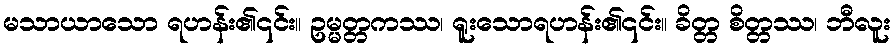
မသာယာသော ရဟန်း၏၎င်း။ ဥမ္မတ္တကဿ၊ ရူးသောရဟန်း၏၎င်း။ ခိတ္တ စိတ္တဿ၊ ဘီလူး